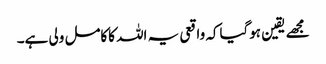
مجھے یقین ہوگیاکہ واقعی یہ اللہ کاکامل ولی ہے۔